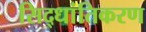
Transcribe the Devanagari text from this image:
सिद्धांतिकरण